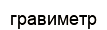
гравиметр